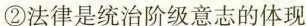
②法律是统治阶级意志的体现